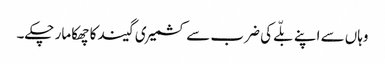
وہاں سے اپنے بلّے کی ضرب سے کشمیری گیند کا چھکا مار چکے۔